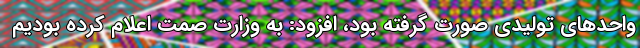
واحدهای تولیدی صورت گرفته بود، افزود: به وزارت صمت اعلام کرده بودیم